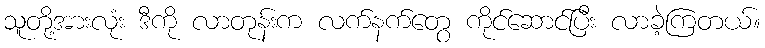
သူတို့အားလုံး ဒီကို လာတုန်းက လက်နက်တွေ ကိုင်ဆောင်ပြီး လာခဲ့ကြတယ်။